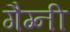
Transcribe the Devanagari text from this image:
गैग्नी